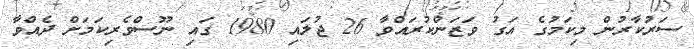
ސަރުކާރުން މިކަމުުގެ އަގު ވަޒަންކުރައްވާ 26 ޖުލައި 1980 ގައި ނޫސްވެރިކަމަށް ދެއްވާ